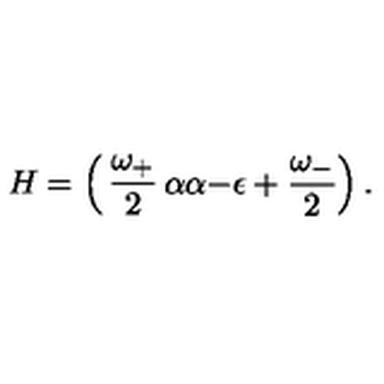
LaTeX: H = \left( \begin{matrix} { \displaystyle { \frac { \omega _ { + } } { 2 } } } & { \alpha } \\ { \alpha } & { \displaystyle - \epsilon + { \frac { \omega _ { - } } { 2 } } } \\ \end{matrix} \right) .